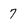
Character: 7